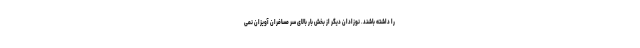
را داشته باشند. نوزادان دیگر از بخش بار بالای سر مسافران آویزان نمی